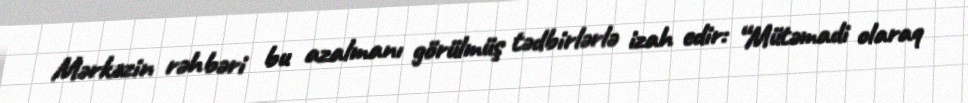
Mərkəzin rəhbəri bu azalmanı görülmüş tədbirlərlə izah edir: “Mütəmadi olaraq